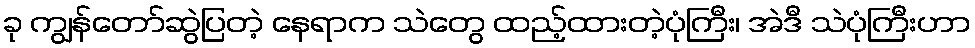
ခု ကျွန်တော်ဆွဲပြတဲ့ နေရာက သဲတွေ ထည့်ထားတဲ့ပုံကြီး၊ အဲဒီ သဲပုံကြီးဟာ